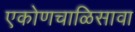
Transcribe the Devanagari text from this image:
एकोणचाळिसावा